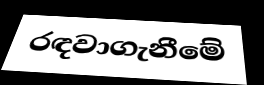
රඳවාගැනීමේ